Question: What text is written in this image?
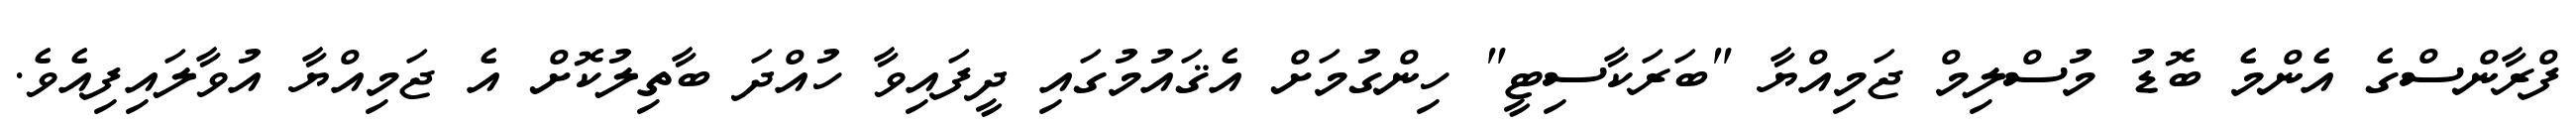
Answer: ފްރާންސްގެ އެންމެ ބޮޑު މުސްލިމް ޖަމިއްޔާ "ބަރަކާސިޓީ" ހިންގުމަށް އެޤައުމުގައި ދީފައިވާ ހުއްދަ ބާތިލުކޮށް އެ ޖަމިއްޔާ އުވާލައިފިއެވެ.